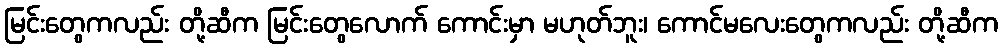
မြင်းတွေကလည်း တို့ဆီက မြင်းတွေလောက် ကောင်းမှာ မဟုတ်ဘူး၊ ကောင်မလေးတွေကလည်း တို့ဆီက